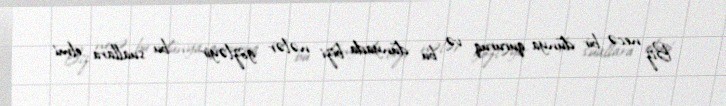
Biz necə bir dünya qururuq və bu dünyada bizi nələr gözləyir – bu suallara elmi